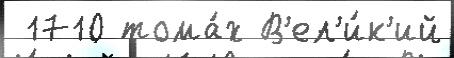
 1710 тома́х В'ел'и́к'ий